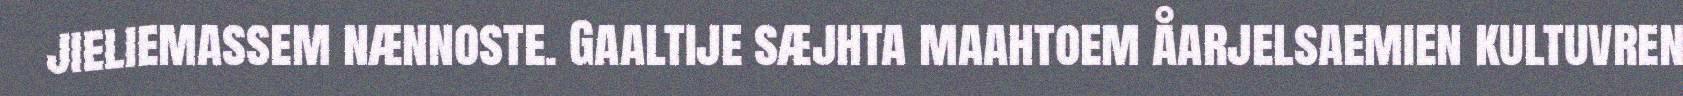
jieliemassem nænnoste. Gaaltije sæjhta maahtoem åarjelsaemien kultuvren